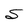
Character: S